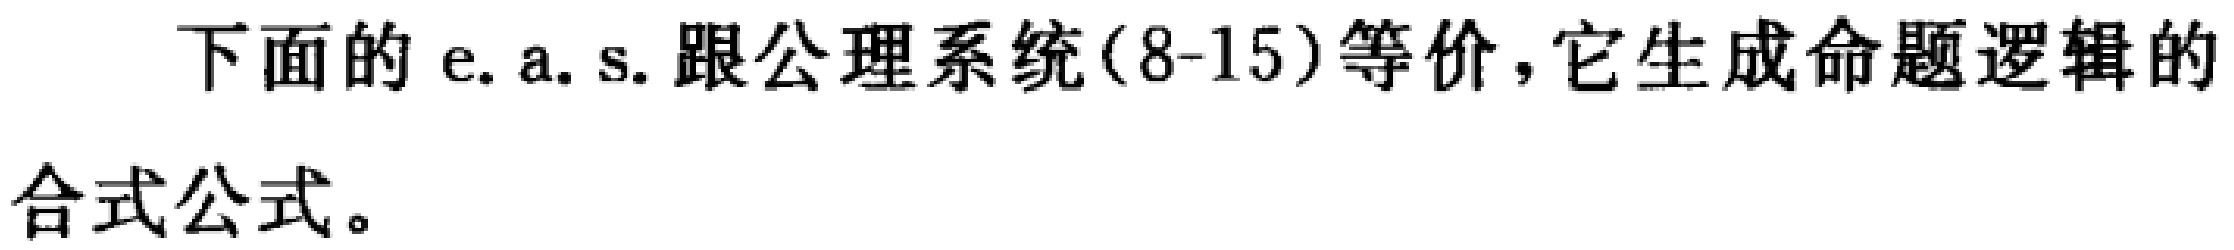
下面的 e.a.s. 跟公理系统(8-15)等价，它生成命题逻辑的合式公式。